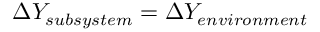
\Delta Y _ { s u b s y s t e m } = \Delta Y _ { e n v i r o n m e n t }